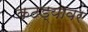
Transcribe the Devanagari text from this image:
कठड्यावर